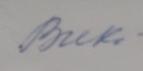
Signature authenticity: forged